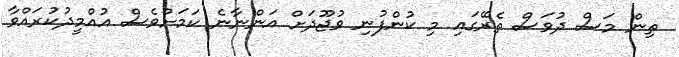
ތިން މަސް ދުވަސް ތެރޭގައި މި ކުންފުނި ވުޖޫދަށް އަންނާނެ ކަމަށްވެސް އުއްމީދުކުރައްވާ